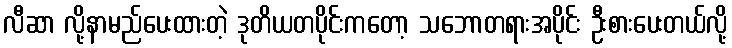
လီဆာ လို့နာမည်ပေးထားတဲ့ ဒုတိယတပိုင်းကတော့ သဘောတရားအပိုင်း ဦးစားပေးတယ်လို့